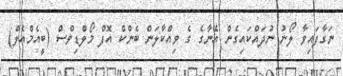
ނަގާފައިވާ ލޯނު ނުދައްކައިގެން އޭނާގެ ގެ ވިއްކާލަން ބެންކް އޮފް މޯލްޑިވްސް (ބީއެމްއެލް)